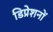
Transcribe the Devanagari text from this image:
डिप्रेशनों